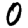
Digit: 0